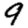
Digit: 9